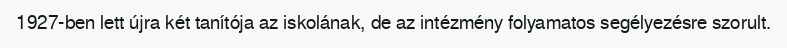
1927-ben lett újra két tanítója az iskolának, de az intézmény folyamatos segélyezésre szorult.